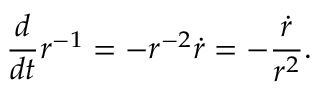
{ \frac { d } { d t } } r ^ { - 1 } = - r ^ { - 2 } { \dot { r } } = - { \frac { \dot { r } } { r ^ { 2 } } } .